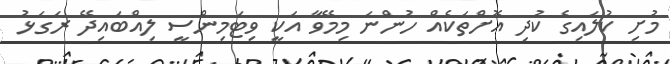
މުށި ކުލައިގެ ކުދި އޮށްތަކެއް ހުންނަ މިމޭވާ އަކީ ވިޓަމިންސީ ލިއްބައިދޭ ރަގަޅު